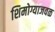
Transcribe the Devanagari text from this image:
शिमोग्याजवळ